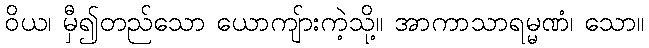
ဝိယ၊ မှီ၍တည်သော ယောကျ်ားကဲ့သို့။ အာကာသာရမ္မဏံ၊ သော။